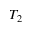
T _ { 2 }